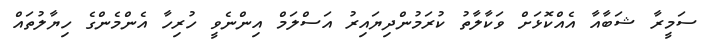
ސަމީރާ ޝަބާއާ އެއްކޮޅަށް ވަކާލާތު ކުރަމުންދިޔައިރު އަސްލަމް އިންނެވީ ހުރިހާ އެންމެންގެ ހިޔާލުތައް